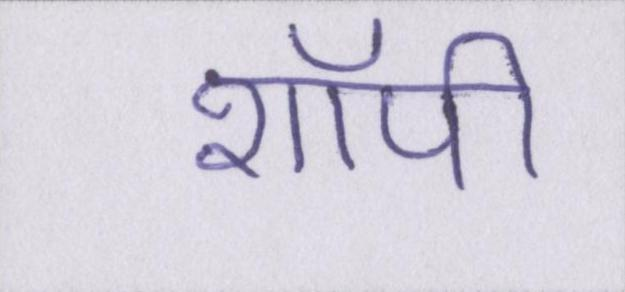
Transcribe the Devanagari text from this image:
शॉपी